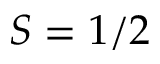
S = 1 / 2